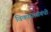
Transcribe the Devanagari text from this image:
विकासासंबंधी